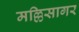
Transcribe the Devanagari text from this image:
मल्लिसागर